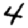
Digit: 4